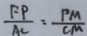
\frac { F P } { A C } = \frac { P M } { C M }